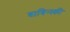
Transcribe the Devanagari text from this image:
बाबिन्स्की